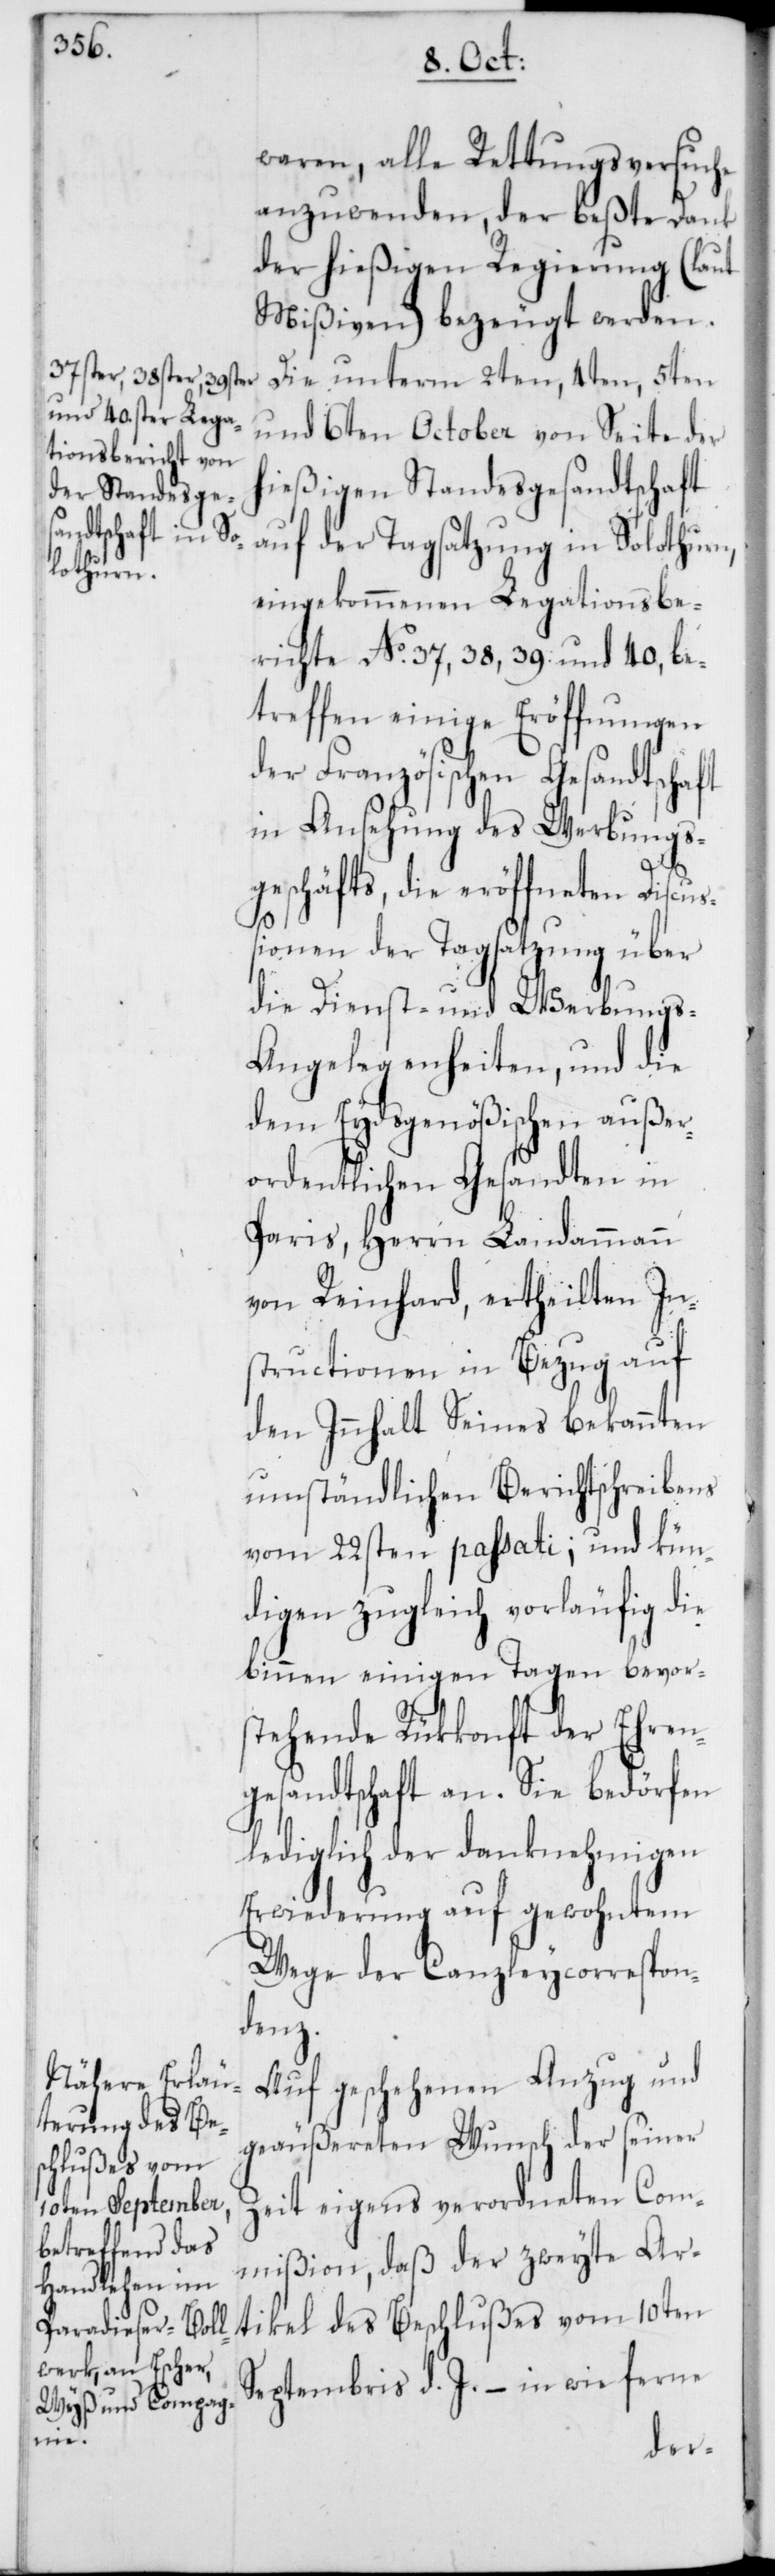
waren, alle Rettungsversuche
anzuwenden, der beßte Dank
der hießigen Regierung (laut
Mißiven) bezeugt werden.
Die unterm 2ten, 4ten, 5ten
und 6ten October von Seite der
hießigen Standesgesandtschaft
auf der Tagsatzung in Solothurn,
eingekommenen Legationsbe¬
richte No. 37, 38, 39 und 40, be¬
treffen einige Eröffnungen
der Französischen Gesandtschaft
in Ansehung des Werbungs¬
geschäfts, die eröffneten Discu¬
ßionen der Tagsatzung über
die Dienst- und Werbungs-A¬
ngelegenheiten, und die
dem Eydsgenößischen außer¬
ordentlichen Gesandten in
Paris, Herrn Landammann
von Reinhard, ertheilten In¬
structionen in Bezug auf
den Innhalt Seines bekannten
umständlichen Berichtschreibens
vom 22sten passati, und kün¬
digen zugleich vorläufig die
binnen einigen Tagen bevors¬
tehende Rükkonft der Ehren¬
gesandtschaft an. Sie bedörfen
lediglich der danknehmigen
Erwiderung auf gewohntem
Wege der Canzleycorrespon¬
denz.
Auf geschehenen Anzug und
geäußereten Wunsch der seiner
Zeit eigens verordneten Com¬
mißion, daß der zweyte Ar¬
tikel des Beschlußes vom 10ten
Septembris d. J. – in wie ferne